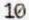
10